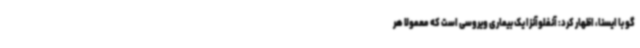
گو با ایسنا، اظهار کرد: آنفلوآنزا یک بیماری ویروسی است که معمولا هر